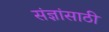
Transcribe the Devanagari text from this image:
संज्ञांसाठी